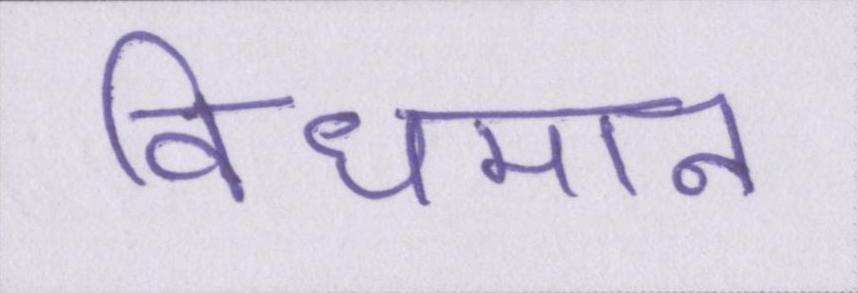
विधमान